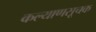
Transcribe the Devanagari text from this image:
कल्याणसूचक